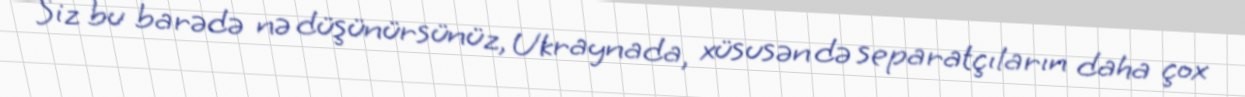
Siz bu barədə nə düşünürsünüz, Ukraynada, xüsusən də separatçıların daha çox